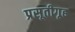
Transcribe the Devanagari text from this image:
प्रसूतीगृह